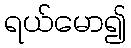
ရယ်မော၍